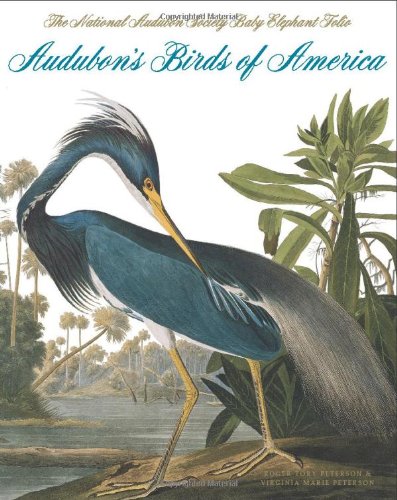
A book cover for Audubon's Birds of America: The Audubon Society Baby Elephant Folio; Roger Tory Peterson; Arts & Photography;